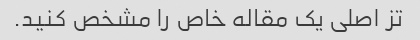
تز اصلی یک مقاله خاص را مشخص کنید.